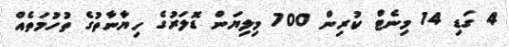
4 ގަޑި 14 މިނެޓް ކުރިން 700 މިލިޔަން ޑޮލަރުގެ ހިޔާނާތުގެ ތުހުމަތެއް